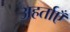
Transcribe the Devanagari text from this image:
अहर्ताएँ